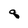
Character: 8